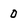
Character: 0